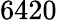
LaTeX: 6420